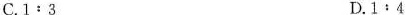
C.$$1 : 3$$ D.$$1 ﹔ 4$$